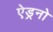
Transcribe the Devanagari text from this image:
ऐड्रनो